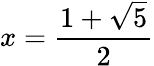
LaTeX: x={\frac{1+{\sqrt{5}}}{2}}